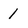
Character: 1